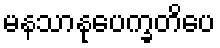
မနသာနုပေက္ခတိပေ